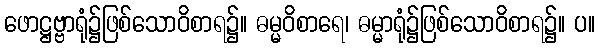
ဖောဋ္ဌဗ္ဗာရုံ၌ဖြစ်သောဝိစာရ၌။ ဓမ္မဝိစာရေ၊ ဓမ္မာရုံ၌ဖြစ်သောဝိစာရ၌။ ပ။